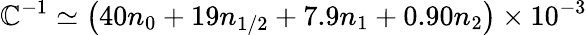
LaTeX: \mathbb{C}^{-1}\simeq\left(40n_{0}+19n_{1/2}+7.9n_{1}+0.90n_{2}\right)\times10^{-3}